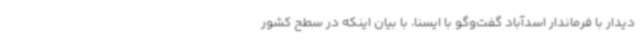
دیدار با فرماندار اسدآباد گفت‌وگو با ایسنا، با بیان اینکه در سطح کشور